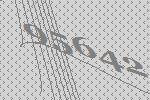
95642